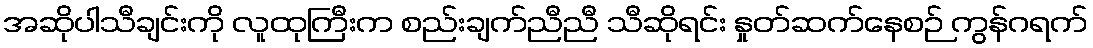
အဆိုပါသီချင်းကို လူထုကြီးက စည်းချက်ညီညီ သီဆိုရင်း နှုတ်ဆက်နေစဉ် ကွန်ဂရက်